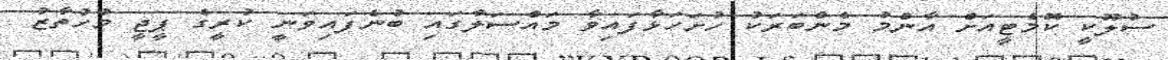
ސުލޫކީ ކޮމެޓީއަށް އާންމު މެންބަރަކު ހުށަހަޅާފައިވާ މައްސަލާގައި ބުނެފައިވަނީ ކުރީގެ ޕީޖީ މުހުތާޒު